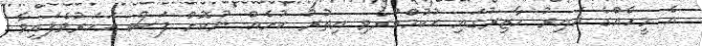
އެ މީހެއްގެ ޣައިރު ހާޒިރުގައި ޙުކުމްކުރެވި އިތުރު ކުށެއް ނުކޮށް ފަސް އަހަރުވެފައިވާ